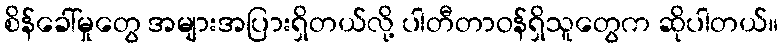
စိန်ခေါ်မှုတွေ အများအပြားရှိတယ်လို့ ပါတီတာဝန်ရှိသူတွေက ဆိုပါတယ်။